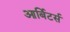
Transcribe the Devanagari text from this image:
आर्बिटर्स